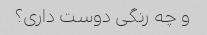
و چه رنگی دوست داری؟